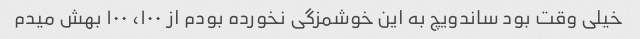
خیلی وقت بود ساندویچ به این خوشمزگی نخورده بودم از ۱۰۰، ۱۰۰ بهش میدم